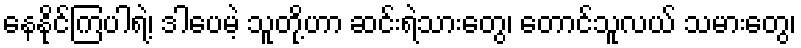
နေနိုင်ကြပါရဲ့၊ ဒါပေမဲ့ သူတို့ဟာ ဆင်းရဲသားတွေ၊ တောင်သူလယ် သမားတွေ၊